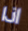
اذا